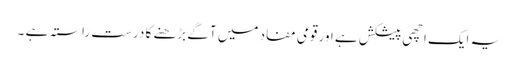
یہ ایک اچھی پیشکش ہے اور قومی مفاد میں آگے بڑھنے کا درست راستہ ہے ۔